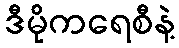
ဒီမိုကရေစီနဲ့